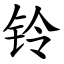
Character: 铃